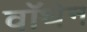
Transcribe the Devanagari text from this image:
वॉथेन